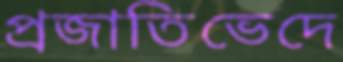
প্রজাতিভেদে